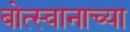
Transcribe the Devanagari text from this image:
बोत्स्वानाच्या